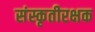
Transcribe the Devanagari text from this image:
संस्कृतीरक्षक